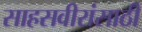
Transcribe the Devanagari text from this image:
साहसवीरांसाठी